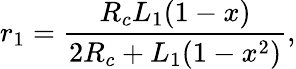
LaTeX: r_{1}=\frac{R_{c}L_{1}(1-x)}{2R_{c}+L_{1}(1-x^{2})},